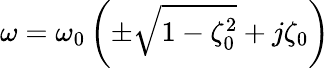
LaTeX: \omega=\omega_{0}\left(\pm\sqrt{1-\zeta_{0}^{2}}+j\zeta_{0}\right)